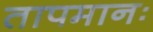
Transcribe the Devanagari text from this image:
तापमानः